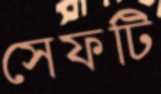
সেফটি